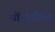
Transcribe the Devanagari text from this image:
धोंडोजींच्या